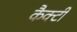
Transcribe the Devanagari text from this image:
कैक्टी